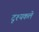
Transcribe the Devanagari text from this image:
दृश्यकले